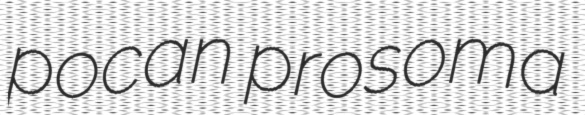
pocan prosoma